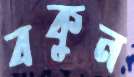
বকুন